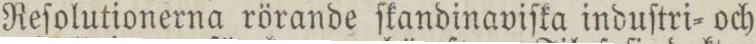
Reſolutionerna rörande ſkandinaviſka induſtri= och